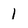
Character: 1